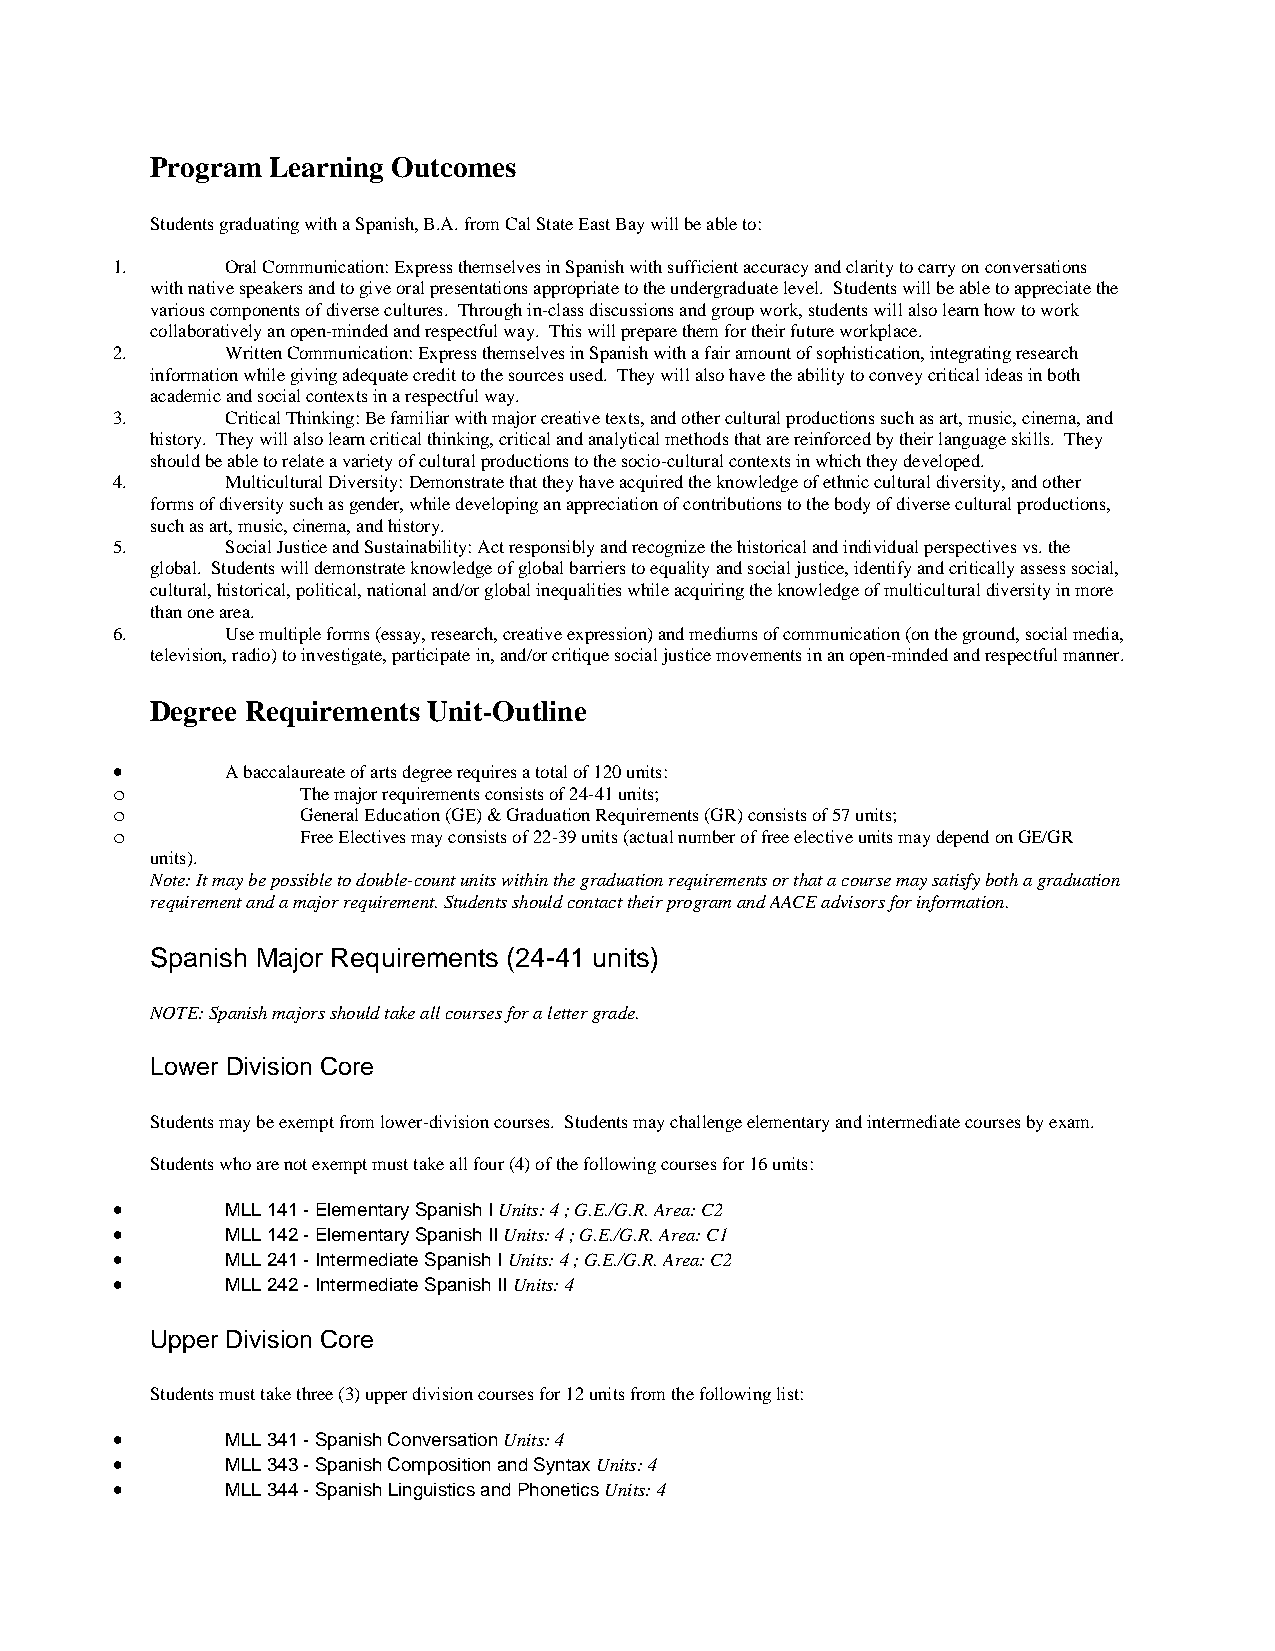
Program Learning Outcomes
 Students graduating with a Spanish, B.A. from Cal State East Bay will be able to:
 1.      Oral Communication: Express themselves in Spanish with sufficient accuracy and clarity to carry on conversations
 with native speakers and to give oral presentations appropriate to the undergraduate level. Students will be able to appreciate the
 various components of diverse cultures. Through in-class discussions and group work, students will also learn how to work
 collaboratively an open-minded and respectful way. This will prepare them for their future workplace.
 2.      Written Communication: Express themselves in Spanish with a fair amount of sophistication, integrating research
 information while giving adequate credit to the sources used. They will also have the ability to convey critical ideas in both
 academic and social contexts in a respectful way.
 3.      Critical Thinking: Be familiar with major creative texts, and other cultural productions such as art, music, cinema, and
 history. They will also learn critical thinking, critical and analytical methods that are reinforced by their language skills. They
 should be able to relate a variety of cultural productions to the socio-cultural contexts in which they developed.
 4.      Multicultural Diversity: Demonstrate that they have acquired the knowledge of ethnic cultural diversity, and other
 forms of diversity such as gender, while developing an appreciation of contributions to the body of diverse cultural productions,
 such as art, music, cinema, and history.
 5.      Social Justice and Sustainability: Act responsibly and recognize the historical and individual perspectives vs. the
 global. Students will demonstrate knowledge of global barriers to equality and social justice, identify and critically assess social,
 cultural, historical, political, national and/or global inequalities while acquiring the knowledge of multicultural diversity in more
 than one area.
 6.      Use multiple forms (essay, research, creative expression) and mediums of communication (on the ground, social media,
 television, radio) to investigate, participate in, and/or critique social justice movements in an open-minded and respectful manner.
 Degree Requirements Unit-Outline
 •       A baccalaureate of arts degree requires a total of 120 units:
 o            The major requirements consists of 24-41 units;
 o            General Education (GE) & Graduation Requirements (GR) consists of 57 units;
 o            Free Electives may consists of 22-39 units (actual number of free elective units may depend on GE/GR
 units).
 Note: It may be possible to double-count units within the graduation requirements or that a course may satisfy both a graduation
 requirement and a major requirement. Students should contact their program and AACE advisors for information.
 Spanish Major Requirements (24-41 units)
 NOTE: Spanish majors should take all courses for a letter grade.
 Lower Division Core
 Students may be exempt from lower-division courses. Students may challenge elementary and intermediate courses by exam.
 Students who are not exempt must take all four (4) of the following courses for 16 units:
 •       MLL 141 - Elementary Spanish I Units: 4 ; G.E./G.R. Area: C2
 •       MLL 142 - Elementary Spanish II Units: 4 ; G.E./G.R. Area: C1
 •       MLL 241 - Intermediate Spanish I Units: 4 ; G.E./G.R. Area: C2
 •       MLL 242 - Intermediate Spanish II Units: 4
 Upper Division Core
 Students must take three (3) upper division courses for 12 units from the following list:
 •       MLL 341 - Spanish Conversation Units: 4
 •       MLL 343 - Spanish Composition and Syntax Units: 4
 •       MLL 344 - Spanish Linguistics and Phonetics Units: 4